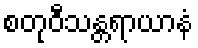
စတုဝီသန္တရာယာနံ